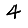
Digit: 4